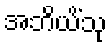
အဘိယိံသု